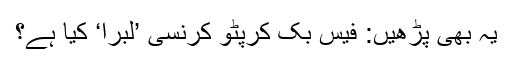
یہ بھی پڑھیں: فیس بک کرپٹو کرنسی ’لبرا‘ کیا ہے؟